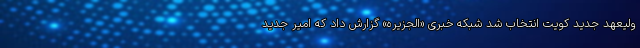
ولیعهد جدید کویت انتخاب شد شبکه خبری «الجزیره» گزارش داد که امیر جدید